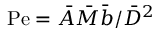
\mathrm { P e } = \bar { A } \bar { M } \bar { b } / \bar { D } ^ { 2 }